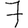
Digit: 7